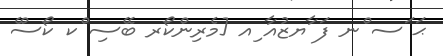
ޙަ ަސ ްނ ފަ ާޔޒުއާ ިއ [މެރިންކޯރ ބޭސި ްކ ކޯސްެ